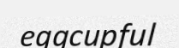
eggcupful